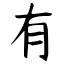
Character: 有